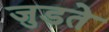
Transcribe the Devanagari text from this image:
जुडते